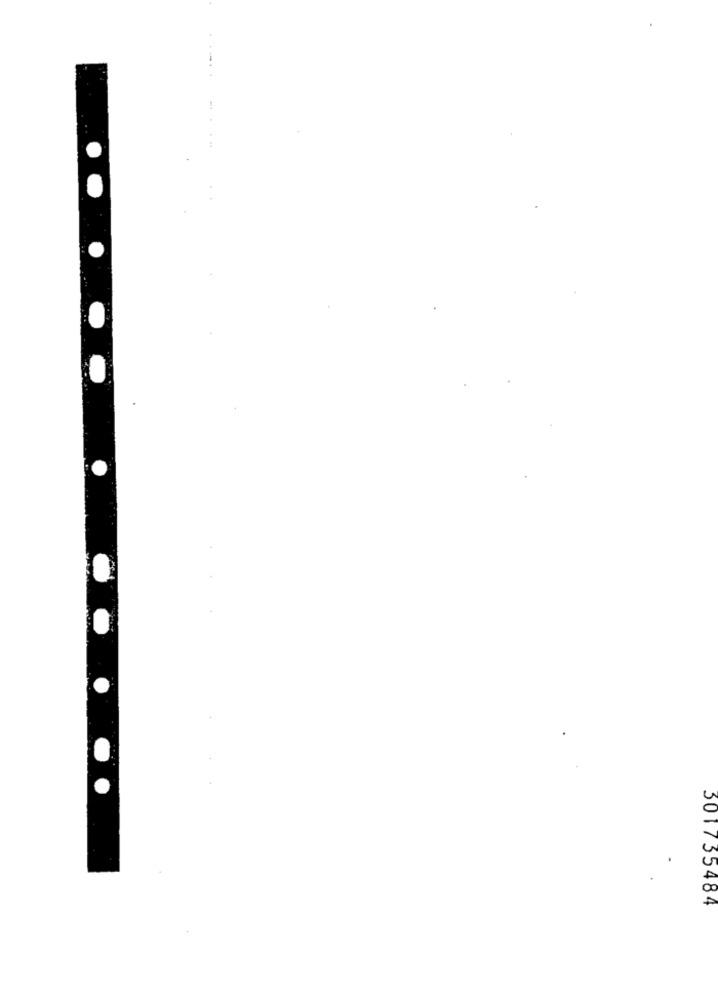
.
.
301735484